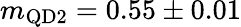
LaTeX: m_{\mathrm{QD2}}=0.55\pm 0.01